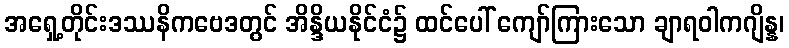
အရှေ့တိုင်းဒဿနိကဗေဒတွင် အိန္ဒိယနိုင်ငံ၌ ထင်ပေါ် ကျော်ကြားသော ချာရဝါကဂျိန္န၊